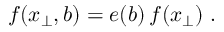
f ( x _ { \perp } , b ) = e ( b ) \, f ( x _ { \perp } ) ~ .